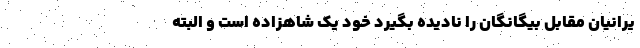
یرانیان مقابل بیگانگان را نادیده بگیرد خود یک شاهزاده است و البته